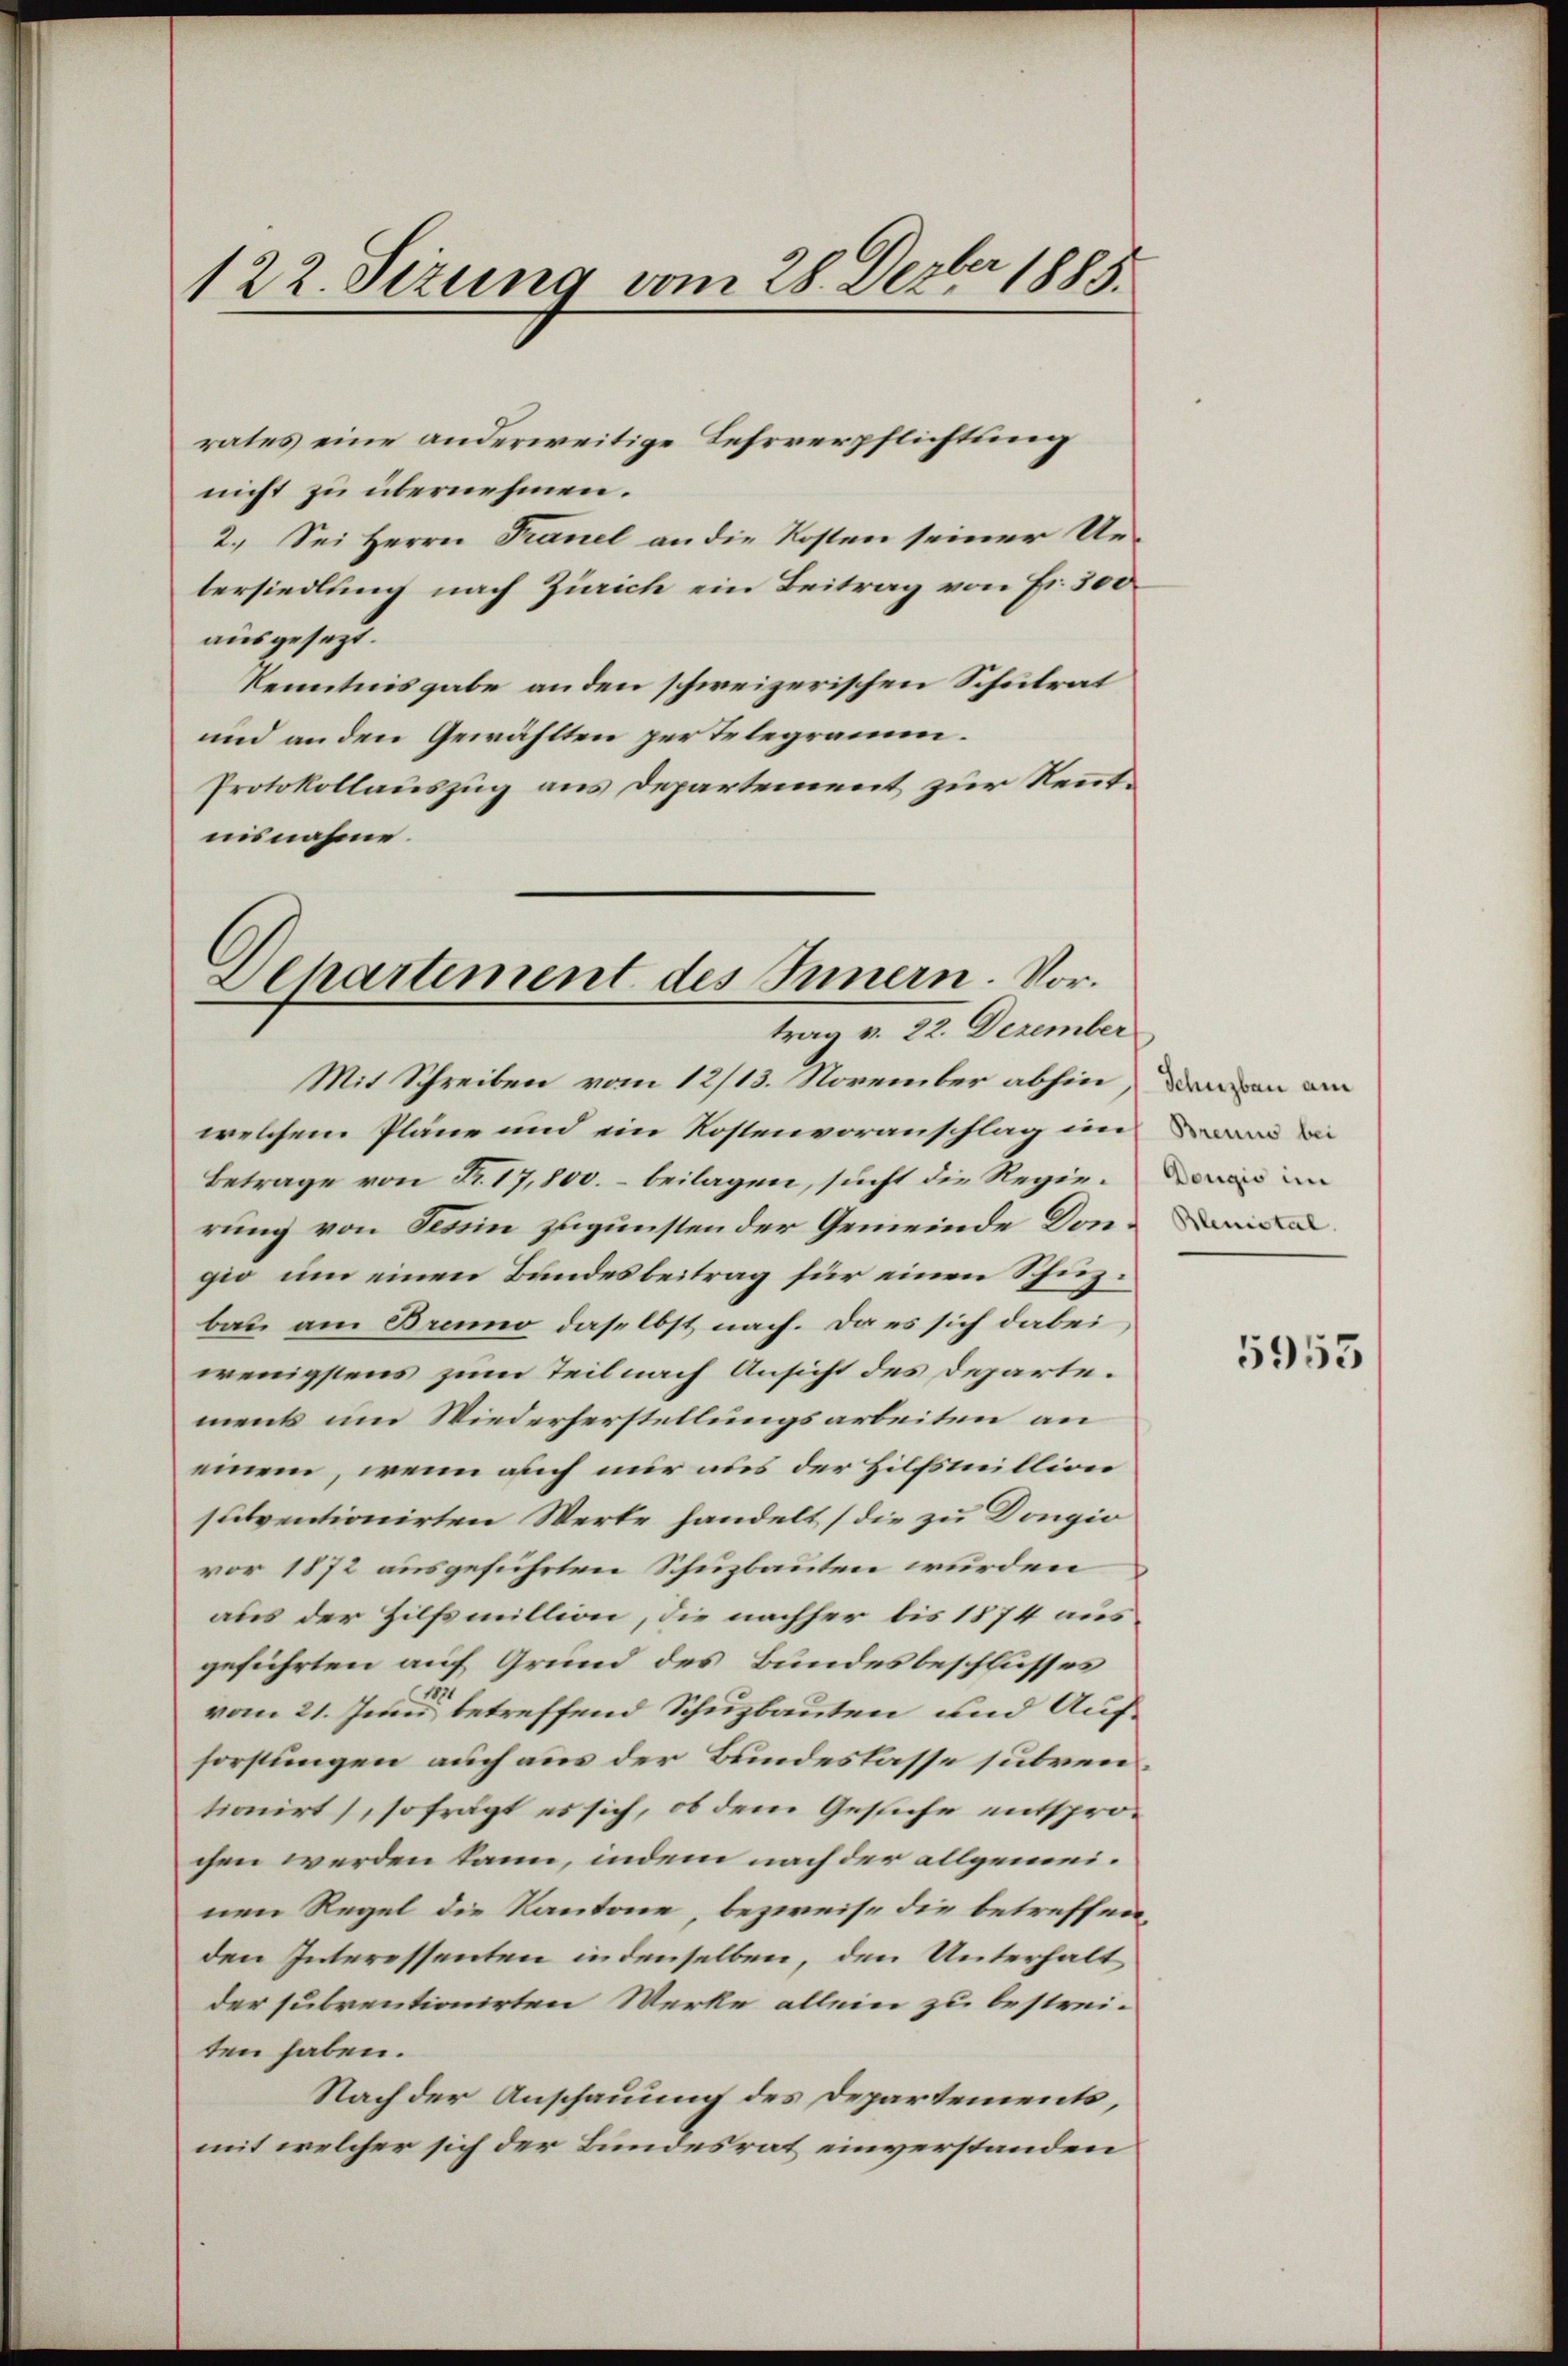
122. Seizung vom 28. Dezbr 1885.

rates eine anderweitige Lehrverpflichtung
nicht zu übernehmen.
2. Sei Herrn Tranel an die Kosten seiner Ue-
tersiedlung nach Zürich ein Beitrag von Fr. 300
ausgesezt.
Kenntnisgabe anden schweizerischen Schulrat
und an den Gewählten per telegramm.
Protokollauszug aus Departement zur Kenntnisnahme.

Departement des Innern. Vortrag v. 22. Dezember

Mit Schreiben vom 12/13. November abhin, den an an
welchem Pläne und ein Kostenvoranschlag im an de
Betrage von Fr. 17,800.- beilagen, sucht die Regierung von Tessin zugunsten der Gemeinde Dongio um einen Bandesbeitrag für einen Schuzbau am Bruno daselbst nach. Da es sich dabei,
wenigstens zum Teil nach Ansicht des Departe.
ment um Wiederherstellungsarbeiten an
einem, wenn auch nur aus der Hilfsmillion
subventionirten Werte handelt (die zu Dongio
vor 1872 ausgeführten Schuzbauten wurden
aus der Hilfsmillion, die nachher bis 1874 ausgeführten auf Grund des Bundesbeschlusses
u
vom 21. Juni, betreffend Schuzbauten und Aufforstungen auch aus der Bundeslasse subren
tionirt, so frägt es sich, ob dem Gesiche entsprochen werden kann, indem nach der allgemeinen Regel die Kantone, bezweife die betreffen,
den Interessenten in denselben, den Unterhalt
der subventionirten Werke allein zu bestrei-
ten haben.
Nach der Anschauung des Departements,
mit welcher sich der Bundesrat einverstanden

Dougio im

5953